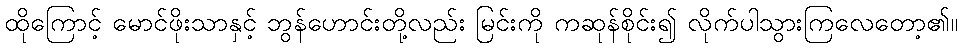
ထိုကြောင့် မောင်ဖိုးသာနှင့် ဘွန်ဟောင်းတို့လည်း မြင်းကို ကဆုန်စိုင်း၍ လိုက်ပါသွားကြလေတော့၏။